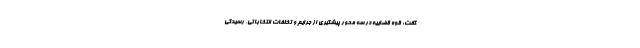
گفت: قوه قضاییه در سه محور پیشگیری از جرایم و تخلفات انتخاباتی، رسیدگی